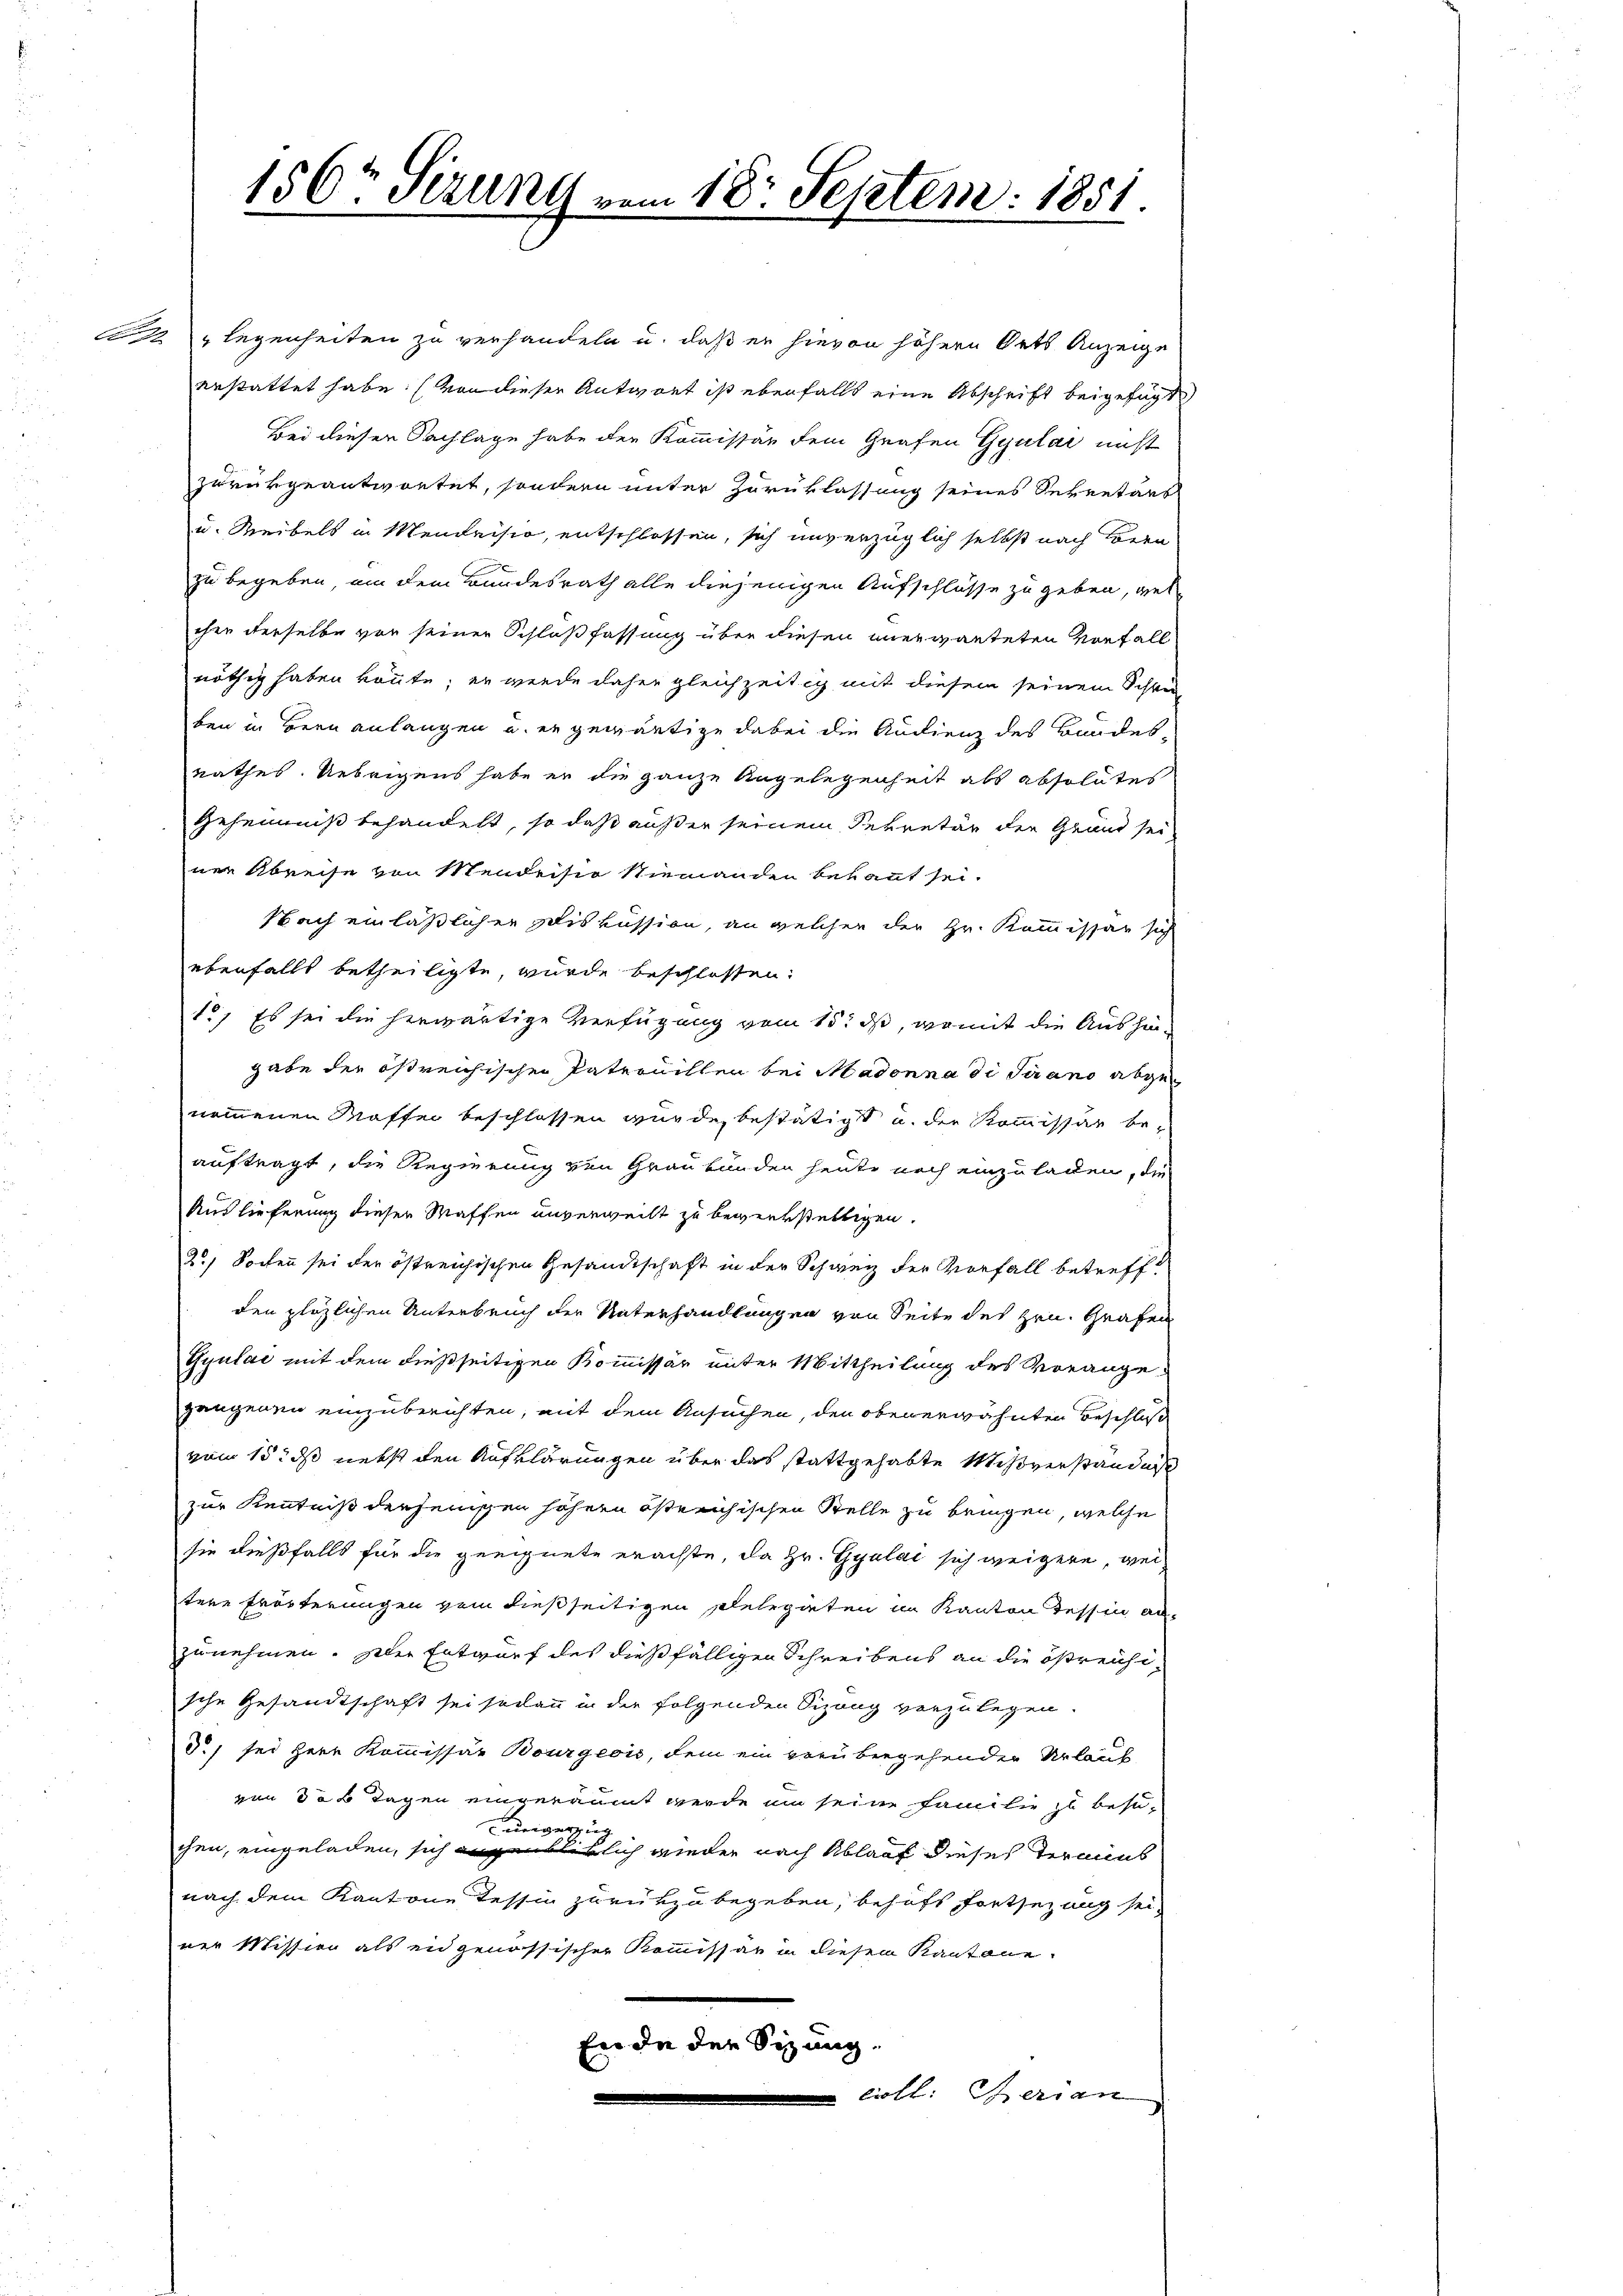
156t Sirung vom 18. Septem: 1851.
e

legenheiten zu verhandeln u. daß er hievon höhern Orts Anzeige
erstattet habe. (von dieser Antwort ist ebenfalls eine Abschrift beigefügt,
Bei dieser Nachlage habe der Kommissär dem Grafen Gyulai nicht
zurükgeantwortet, sondern unter Zurüklassung seines Sekretärs
u. Weibels in Mendrisio, entschlossen, sich unverzüglich selbst nach Bern
zu begeben, an dem Bundesrath alle diejenigen Aufschlüsse zu geben, wel
chen derselbe vor seiner Schlußfassung über diesen unerwarteten Vorfall
nöthig haben könnte; er werde daher gleichzeitig mit diesem seinem Schau-
ben in Bern anlangen u. er gewärtige dabei die Audienz des Bundes-
Rathes. Uebrigens habe er die ganze Angelegenheit als absolutes
Geheimniß behandelt, so daß außer seinem Rekretär der Grund sei
ner Abreise von Mendeiser Niemanden bekannt sei.
Nach einläßlichen Diskussion, an welcher der Hr. Kommissar sich
ebenfalls betheiligte, wurde beschlossen:
1., Es sei die herwärtige Verfügung vom 15. ds, womit die Aushingabe der östreichischen Pateruillen bei Madonna di Piano abgenommenen Waffen beschlossen wurde, bestätigt u. der Kommissär beauftragt, die Regierung von Graubünden heute noch einzuladen, die
Auslieferung dieser Waffen unverweilt zu bewerkstelligen.
2.) Socken sei der östreichischen Gesandtschaft in der Schweiz der Vorfall betreff
den pläzlichen Unterbruch der Unterhandlungen von Seite des Hrn. Grafen
Gyulae mit dem dießseitigen Kommissär unter Mittheilung des Vorangegangenen einzuberichten, mit dem Ansuchen, den oben erwähnten Beschluß
vom 15. ds nebst den Aufklärungen über das stattgehabte Mißverständnis
zur Kenntniß dersenischen höhern östreichischen Stelle zu bringen, welche
sie dießfalls für die geeignete erachte, da Hr. Gyulai sich weigere, weitere Frösterungen sei dießseitigen Plelegieten in Kanton Tessin an-
zunehmen. Der Entwurf des dießfälligen Schreibens an die ößreichi-
sche Gesandtschaft sei sodann in der folgenden Sizung verzulegen.
d.) sei Herr Kommissar Bourgeois, dem ein verübergehenden Urlauf
von do 6 Tagen eingeräumt werde um seine Familie zu besiunverzig
chen, eingeladen, sich augenblicklich wieder nach Ablauf dieses Termins
nach dem Kantone Tessin zurükzubegeben, behufs Fortsezung sei
ner Mission als eidgenössischer Kommissär in diesem Kantone
Ende der Sizung,
 coll: Therian